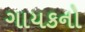
ગાયકનો